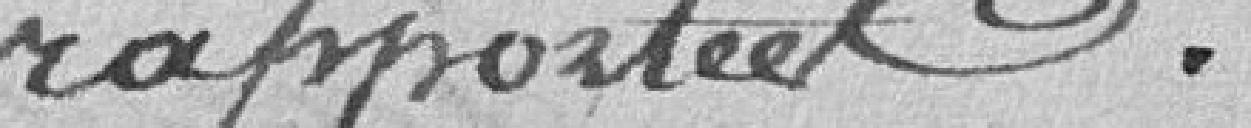
rapportées.